Civil Veterinary Dept. Bombay admin report 1923-31 - 1923-1931
Year: 1923
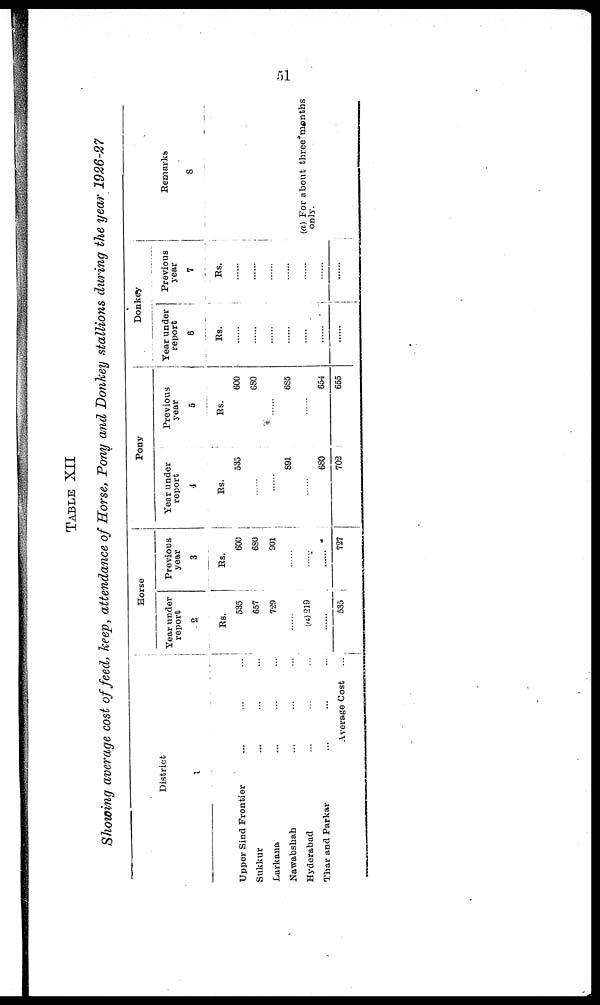
51
TABLE XII
Showing average cost of feed, keep, attendance of Horse, Pony and Donkey stallions during the year 1926-27
District
1
Upper Sind Frontier ... ... ...
Sukkur ... ... ...
Larkana ... ... ...
Nawabshah ... ... ...
Hyderabad ... ... ...
Thar and Parkar ... ... ...
Average Cost ...
Horse
Year under
report
2
Rs.
535
657
729
......
(a) 219
......
535
Previous
year
3
Rs.
600
680
901
......
......
......
727
Pony
Year under
report
4
Rs.
535
......
......
891
......
680
702
Previous
year
5
Rs.
600
680
......
685
......
654
655
Donkey
Year under
report
6
Rs.
......
......
......
......
......
......
......
Previous
year
7
Rs.
......
......
......
......
......
......
......
Remarks
8
(a) For about three months
only.